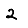
Digit: 2